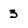
Character: 3